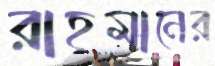
রাহমানের